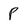
Character: P